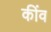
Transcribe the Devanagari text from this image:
कींव